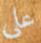
علي